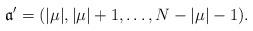
LaTeX: \begin{align*}\mathfrak{a}' =(|\mu|, |\mu|+1, \ldots, N-|\mu|-1).\end{align*}